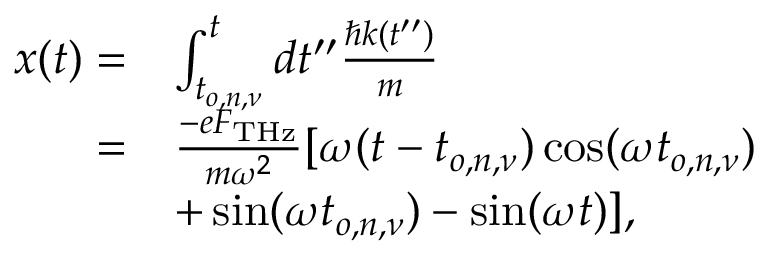
\begin{array} { r l } { x ( t ) = } & { \int _ { t _ { o , n , \nu } } ^ { t } d t ^ { \prime \prime } \frac { \hbar k ( t ^ { \prime \prime } ) } { m } } \\ { = } & { \frac { - e F _ { \mathrm { T H z } } } { m \omega ^ { 2 } } [ \omega ( t - t _ { o , n , \nu } ) \cos ( \omega t _ { o , n , \nu } ) } \\ & { + \sin ( \omega t _ { o , n , \nu } ) - \sin ( \omega t ) ] , } \end{array}